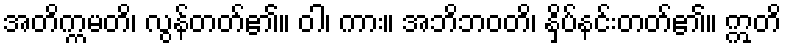
အတိက္ကမတိ၊ လွန်တတ်၏။ ဝါ၊ ကား။ အဘိဘဝတိ၊ နှိပ်နင်းတတ်၏။ ဣတိ